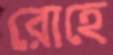
রোহে